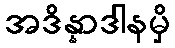
အဒိန္နာဒါနမှိ